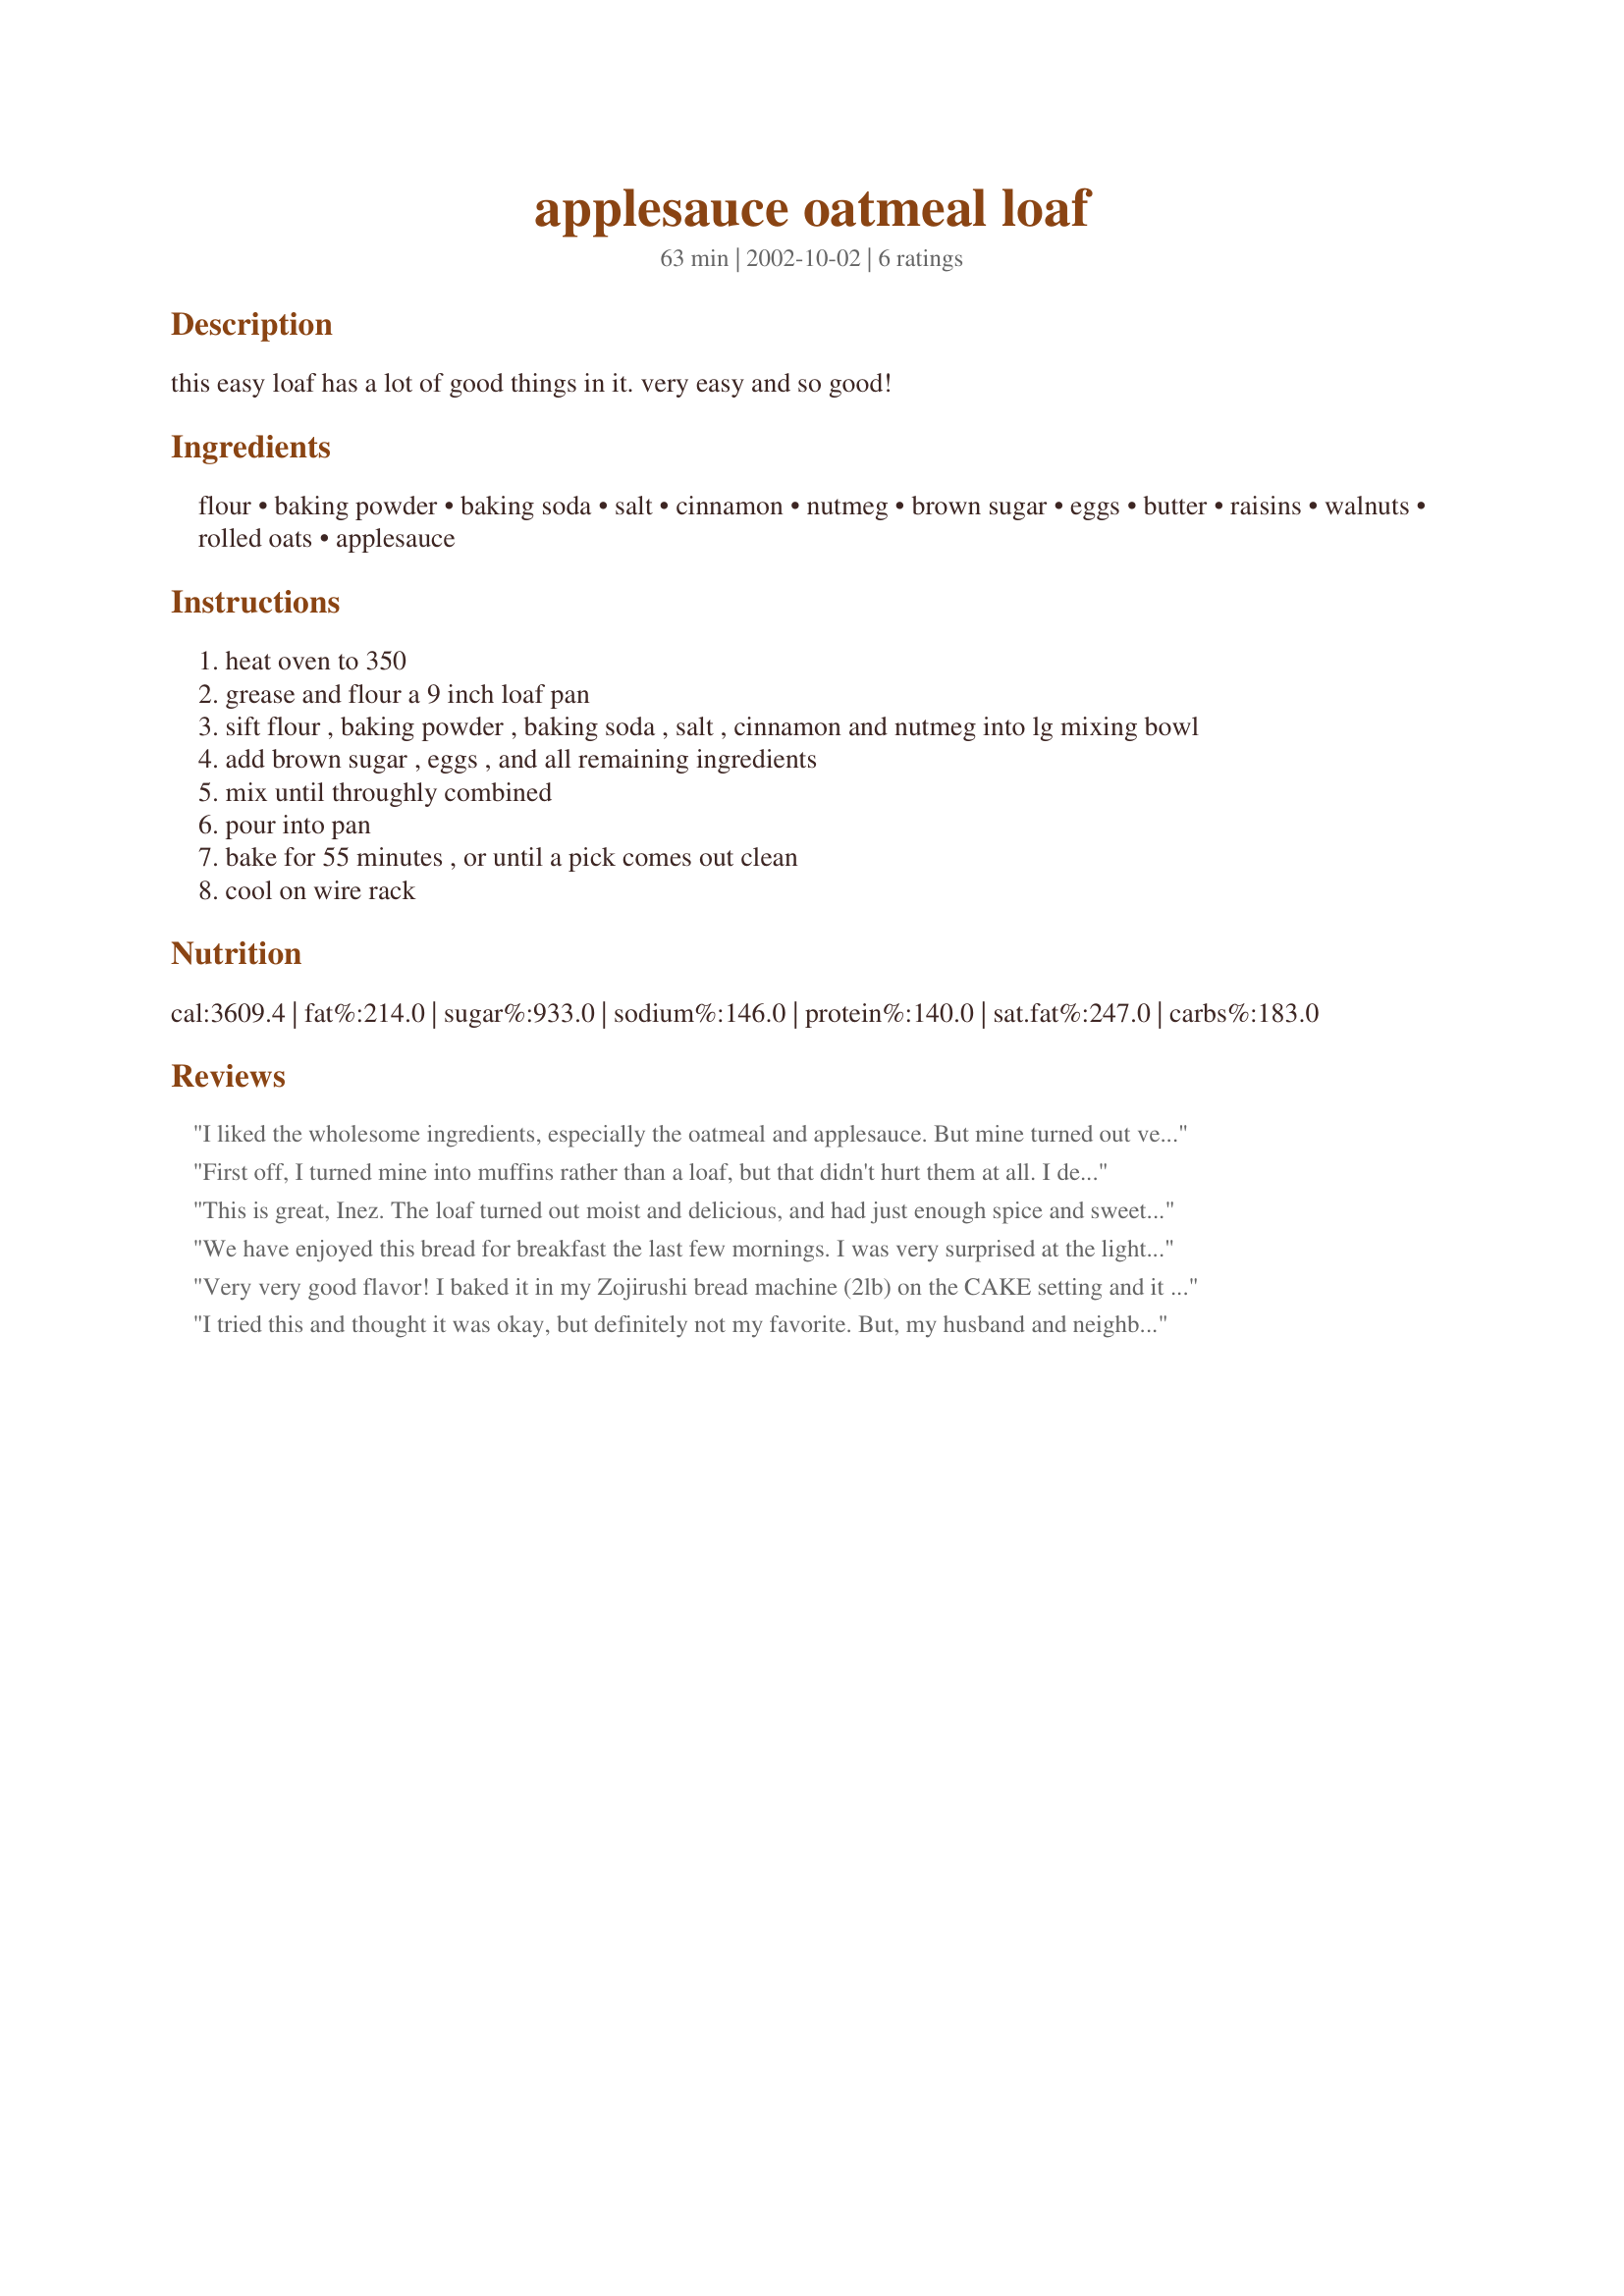
applesauce oatmeal loaf
Preparation time: 63 minutes

this easy loaf has a lot of good things in it. very easy and so good!

Ingredients:
flour, baking powder, baking soda, salt, cinnamon, nutmeg, brown sugar, eggs, butter, raisins, walnuts, rolled oats, applesauce

Steps:
heat oven to 350
grease and flour a 9 inch loaf pan
sift flour , baking powder , baking soda , salt , cinnamon and nutmeg into lg mixing bowl
add brown sugar , eggs , and all remaining ingredients
mix until throughly combined
pour into pan
bake for 55 minutes , or until a pick comes out clean
cool on wire rack

Reviews:
I liked the wholesome ingredients, especially the oatmeal and applesauce. But mine turned out very dry and crumbly--could not even be sliced. I wonder if it would hold together better if I used 1/2 the oatmeal. Tasted fine though. I think I may crumble it up and make a bread pudding out of it.
First off, I turned mine into muffins rather than a loaf, but that didn't hurt them at all. I decreased the amount of butter by 1 T and increased the amount of applesauce by about that much or a little more. This recipe is surpisingly light for an oatmeal bread. I left out the raisins, which gave them a simpler taste, but next time I'll try dding them.
This is great, Inez. The loaf turned out moist and delicious, and had just enough spice and sweetness to be satisfying. I took some to work for a treat and all those who tried it wanted to know when I would be baking it again. (They don't cook, but they love it if I do). I like the fact that I can get my fiber with this delicious sweet bread! I'll be making this often.
We have enjoyed this bread for breakfast the last few mornings. I was very surprised at the light texture. For some reason, I thought it would be heavier but the light texture is a plus in my opinion. The spiced flavor was detectable but delicate. The raisins and walnuts were good too. Thanks for sharing your recipe.
Very very good flavor! I baked it in my Zojirushi bread machine (2lb) on the CAKE setting and it turned out perfect!
I tried this and thought it was okay, but definitely not my favorite. But, my husband and neighbor liked it very much, so what can I say?! I'm outnumbered so you get the 5 stars anyway. Thanks.
